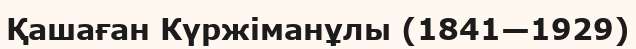
Қашаған Күржіманұлы (1841—1929)